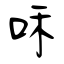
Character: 咊